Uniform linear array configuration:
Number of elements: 64
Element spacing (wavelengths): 0.25
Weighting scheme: blackman
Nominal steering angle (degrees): -45
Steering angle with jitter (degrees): -43.324
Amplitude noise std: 0.05
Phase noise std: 0.05

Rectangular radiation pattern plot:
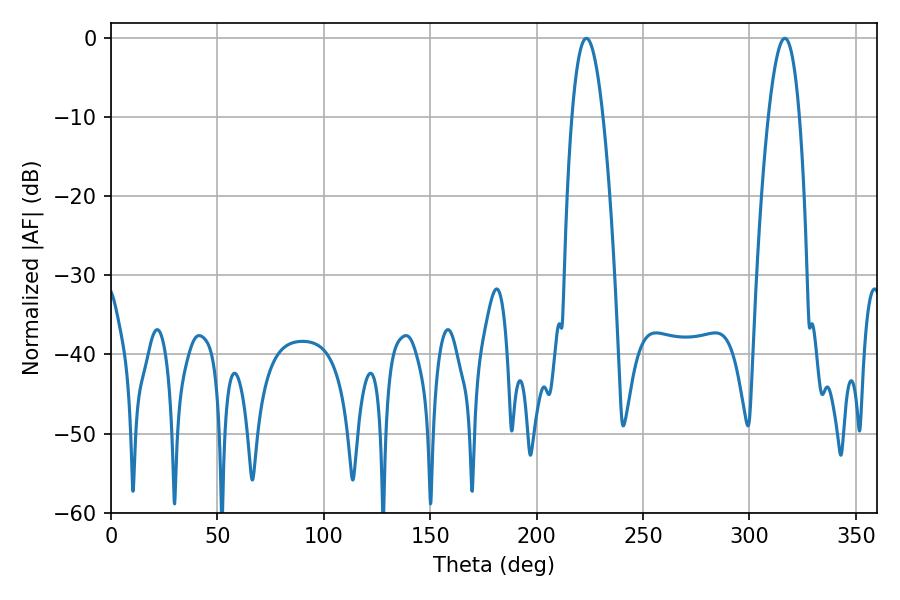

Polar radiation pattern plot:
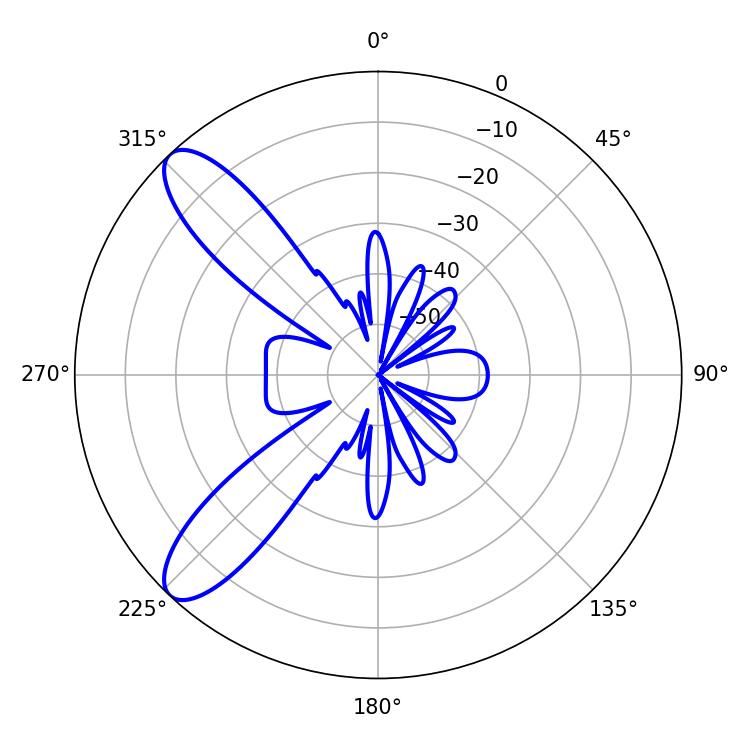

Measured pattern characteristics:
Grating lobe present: FALSE
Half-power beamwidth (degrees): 8.1
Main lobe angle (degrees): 223.38